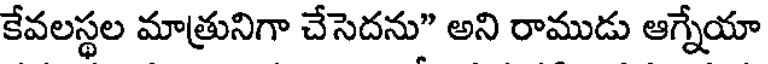
కేవలస్థల మాత్రునిగా చేసెదను" అని రాముడు ఆగ్నేయా